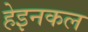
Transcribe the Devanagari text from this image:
हेइनकल